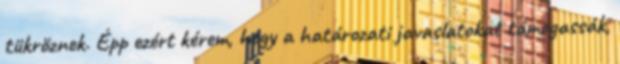
tükröznek. Épp ezért kérem, hogy a határozati javaslatokat támogassák,